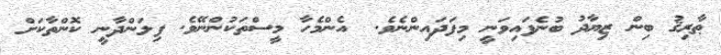
ޠާރިޤު ބިން ޒިޔާދު ބުނެފައިވަނީ މިފަދައިންނެވެ.  އެންމެހާ މީސްތަކުންނޭވެ. ފިލަންދާނީ ކޮންތާކަށް